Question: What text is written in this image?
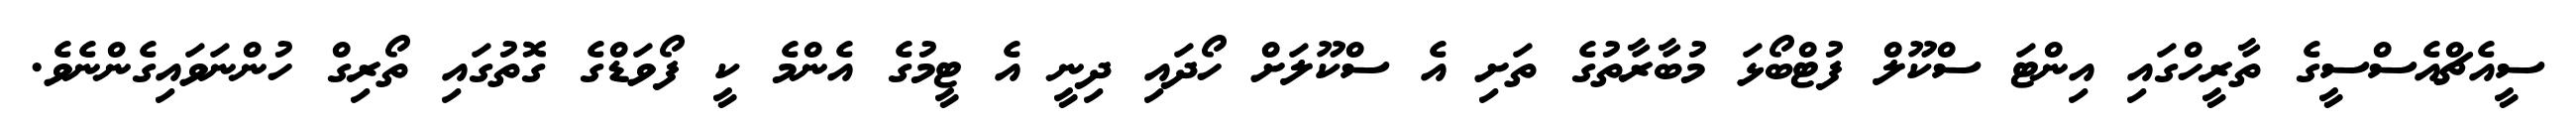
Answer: ސީއެޗްއެސްސީގެ ތާރީހްގައި އިންޓަ ސްކޫލް ފުޓްބޯޅަ މުބާރާތުގެ ތަށި އެ ސްކޫލަށް ހޯދައި ދިނީ އެ ޓީމުގެ އެންމެ ކީ ފޯވަޑްގެ ގޮތުގައި ތޯރިގް ހުންނަވައިގެންނެވެ.